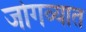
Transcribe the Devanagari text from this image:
जोगव्यात